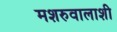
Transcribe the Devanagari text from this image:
मशरुवालाशी